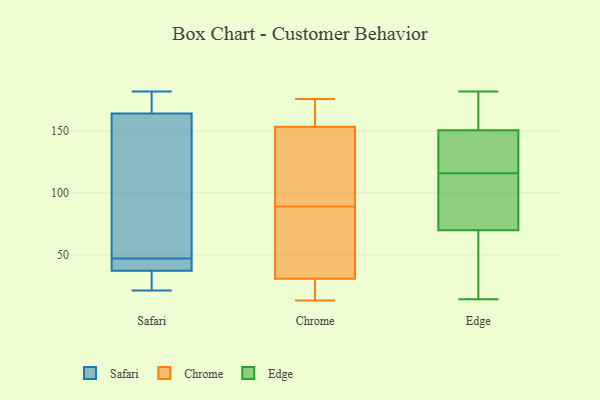
{"axis": {"x": "Temperature (°C)", "y": "Value"}, "legend": ["Chrome", "Edge", "Safari"], "data": [{"x": "", "y": 122, "type": "Safari"}, {"x": "", "y": 40, "type": "Safari"}, {"x": "", "y": 33, "type": "Safari"}, {"x": "", "y": 36, "type": "Safari"}, {"x": "", "y": 44, "type": "Safari"}, {"x": "", "y": 21, "type": "Safari"}, {"x": "", "y": 171, "type": "Safari"}, {"x": "", "y": 144, "type": "Safari"}, {"x": "", "y": 182, "type": "Safari"}, {"x": "", "y": 47, "type": "Safari"}, {"x": "", "y": 171, "type": "Safari"}, {"x": "", "y": 164, "type": "Chrome"}, {"x": "", "y": 125, "type": "Chrome"}, {"x": "", "y": 14, "type": "Chrome"}, {"x": "", "y": 134, "type": "Chrome"}, {"x": "", "y": 175, "type": "Chrome"}, {"x": "", "y": 176, "type": "Chrome"}, {"x": "", "y": 19, "type": "Chrome"}, {"x": "", "y": 13, "type": "Chrome"}, {"x": "", "y": 29, "type": "Chrome"}, {"x": "", "y": 67, "type": "Chrome"}, {"x": "", "y": 160, "type": "Chrome"}, {"x": "", "y": 84, "type": "Chrome"}, {"x": "", "y": 89, "type": "Chrome"}, {"x": "", "y": 95, "type": "Chrome"}, {"x": "", "y": 35, "type": "Chrome"}, {"x": "", "y": 171, "type": "Edge"}, {"x": "", "y": 54, "type": "Edge"}, {"x": "", "y": 137, "type": "Edge"}, {"x": "", "y": 151, "type": "Edge"}, {"x": "", "y": 14, "type": "Edge"}, {"x": "", "y": 150, "type": "Edge"}, {"x": "", "y": 118, "type": "Edge"}, {"x": "", "y": 22, "type": "Edge"}, {"x": "", "y": 45, "type": "Edge"}, {"x": "", "y": 101, "type": "Edge"}, {"x": "", "y": 72, "type": "Edge"}, {"x": "", "y": 99, "type": "Edge"}, {"x": "", "y": 141, "type": "Edge"}, {"x": "", "y": 116, "type": "Edge"}, {"x": "", "y": 167, "type": "Edge"}, {"x": "", "y": 111, "type": "Edge"}, {"x": "", "y": 69, "type": "Edge"}, {"x": "", "y": 182, "type": "Edge"}, {"x": "", "y": 179, "type": "Edge"}]}